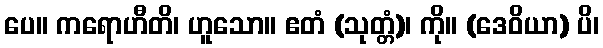
ပေ။ ကရောဟီတိ၊ ဟူသော။ ဧတံ (သုတ္တံ)၊ ကို။ (ဒေဝိယာ) ပိ၊